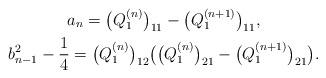
LaTeX: \begin{gather*}a_n = \big(Q_1^{(n)}\big)_{11} - \big(Q_1^{(n+1)}\big)_{11}, \\b_{n-1}^2 - \frac{1}{4} = \big(Q_1^{(n)}\big)_{12} \big(\big(Q_1^{(n)}\big)_{21} - \big(Q_1^{(n+1)}\big)_{21}\big).\end{gather*}